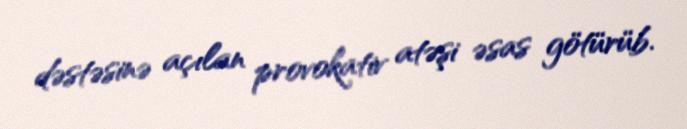
dəstəsinə açılan provokativ atəşi əsas götürüb.